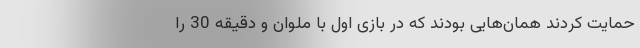
حمایت کردند همان‌هایی بودند که در بازی اول با ملوان و دقیقه 30 را